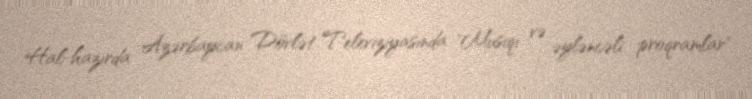
Hal-hazırda Azərbaycan Dövlət Televiziyasında "Musiqi və əyləncəli proqramlar"